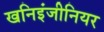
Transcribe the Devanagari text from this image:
खनिइंजीनियर